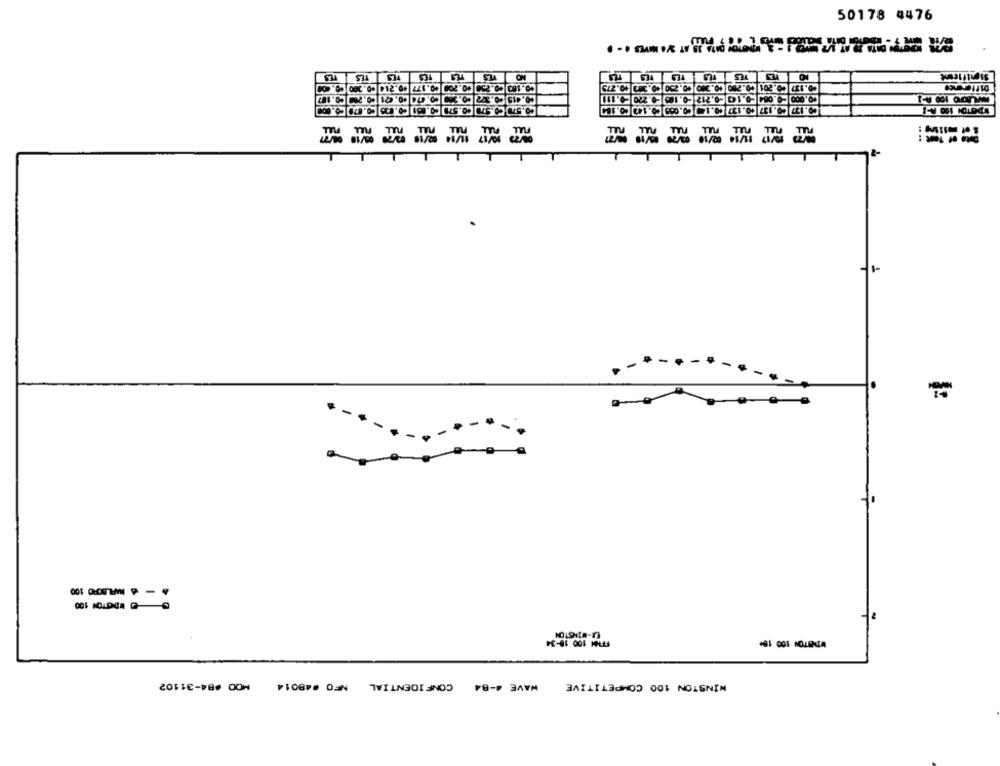
50178 4476
TESTES TES VES TES
ST
=
CONFIDENTIAL NFO #48014
WINSTON 100 COMPETITIVE WAVE 4-84
20F1€->86 00W